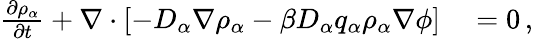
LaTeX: \begin{array}{rl}{\frac{\partial\rho_{\alpha}}{\partial t}+\nabla\cdot\left[-D_{\alpha}\nabla\rho_{\alpha}-\beta D_{\alpha}q_{\alpha}\rho_{\alpha}\nabla\phi\right]}&{{}=0\, ,}\end{array}